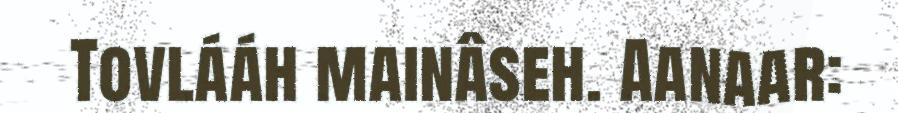
Tovlááh mainâseh. Aanaar: